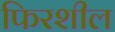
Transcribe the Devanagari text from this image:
फिरशील